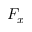
F _ { x }